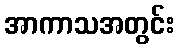
အာကာသအတွင်း